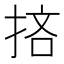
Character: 𢭹